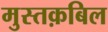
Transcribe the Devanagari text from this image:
मुस्तक़बिल